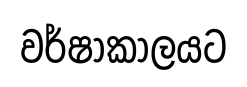
වර්ෂාකාලයට